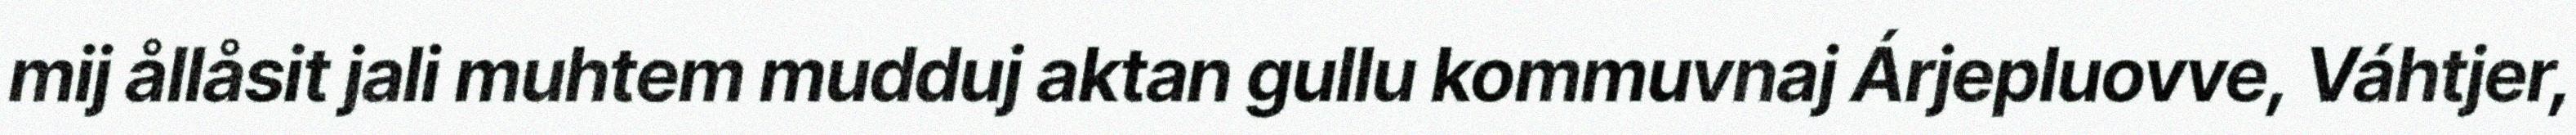
mij ållåsit jali muhtem mudduj aktan gullu kommuvnaj Árjepluovve, Váhtjer,